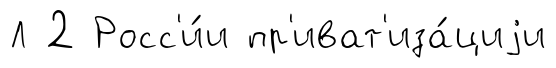
Л 2 Росс'и́и пр'иват'иза́циjи